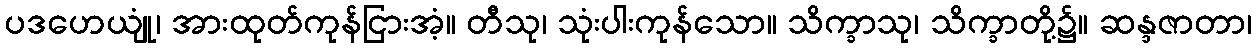
ပဒဟေယျုံ၊ အားထုတ်ကုန်ငြားအံ့။ တီသု၊ သုံးပါးကုန်သော။ သိက္ခာသု၊ သိက္ခာတို့၌။ ဆန္ဒဇာတာ၊